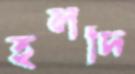
হলদি